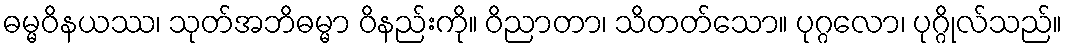
ဓမ္မဝိနယဿ၊ သုတ်အဘိဓမ္မာ ဝိနည်းကို။ ဝိညာတာ၊ သိတတ်သော။ ပုဂ္ဂလော၊ ပုဂ္ဂိုလ်သည်။